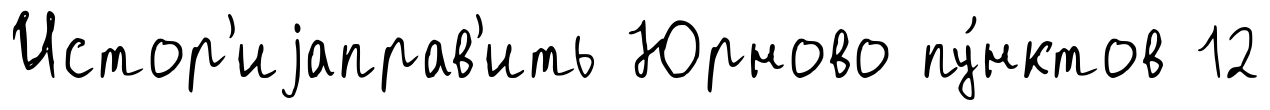
Истор'иjаправ'ить Юрново пу́нктов 12